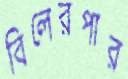
বিলেরপার